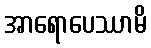
အာရောပေဿာမိ